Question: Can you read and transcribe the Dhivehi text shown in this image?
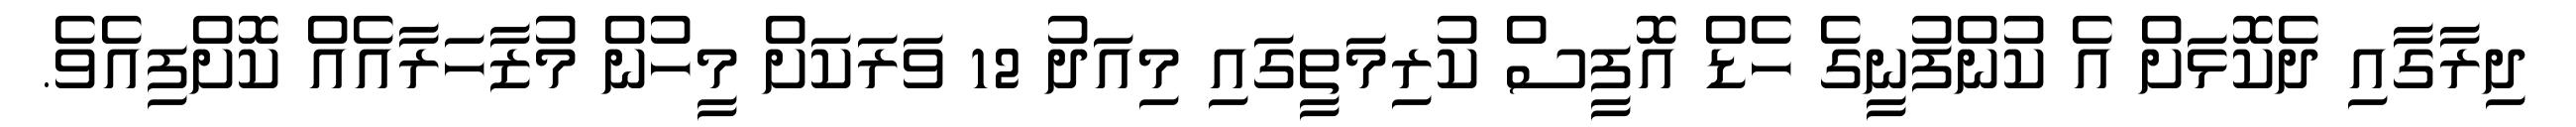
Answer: ދިރާގާއި ދެކޮޅަށް އެ ކުންފުނީގެ ހެޑް އޮފީސް ކުރިމަތީގައި މިއަދު 12 ވަރަކަށް މީހުން މުޒާހަރާއެއް ކޮށްފިއެވެ.